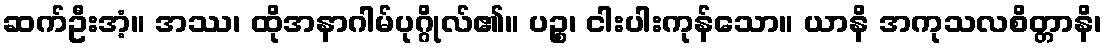
ဆက်ဦးအံ့။ အဿ၊ ထိုအနာဂါမ်ပုဂ္ဂိုလ်၏။ ပဉ္စ၊ ငါးပါးကုန်သော။ ယာနိ အကုသလစိတ္တာနိ၊